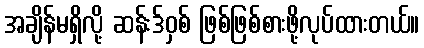
အချိန်မရှိလို့ ဆန်းဒ်ဝှစ် ဖြစ်ဖြစ်စားဖို့လုပ်ထားတယ်။